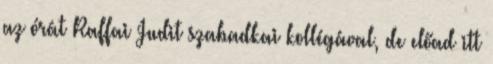
az órát Raffai Judit szabadkai kollégával, de előad itt